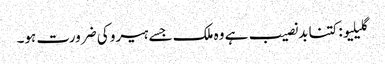
گلیلیو: کتنا بدنصیب ہے وہ ملک جسے ہیرو کی ضرورت ہو۔